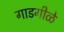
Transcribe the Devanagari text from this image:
गाडगीळे